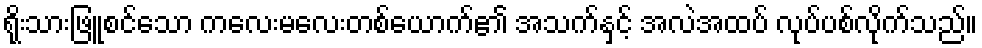
ရိုးသားဖြူစင်သော ကလေးမလေးတစ်ယောက်၏ အသက်နှင့် အလဲအထပ် လုပ်ပစ်လိုက်သည်။